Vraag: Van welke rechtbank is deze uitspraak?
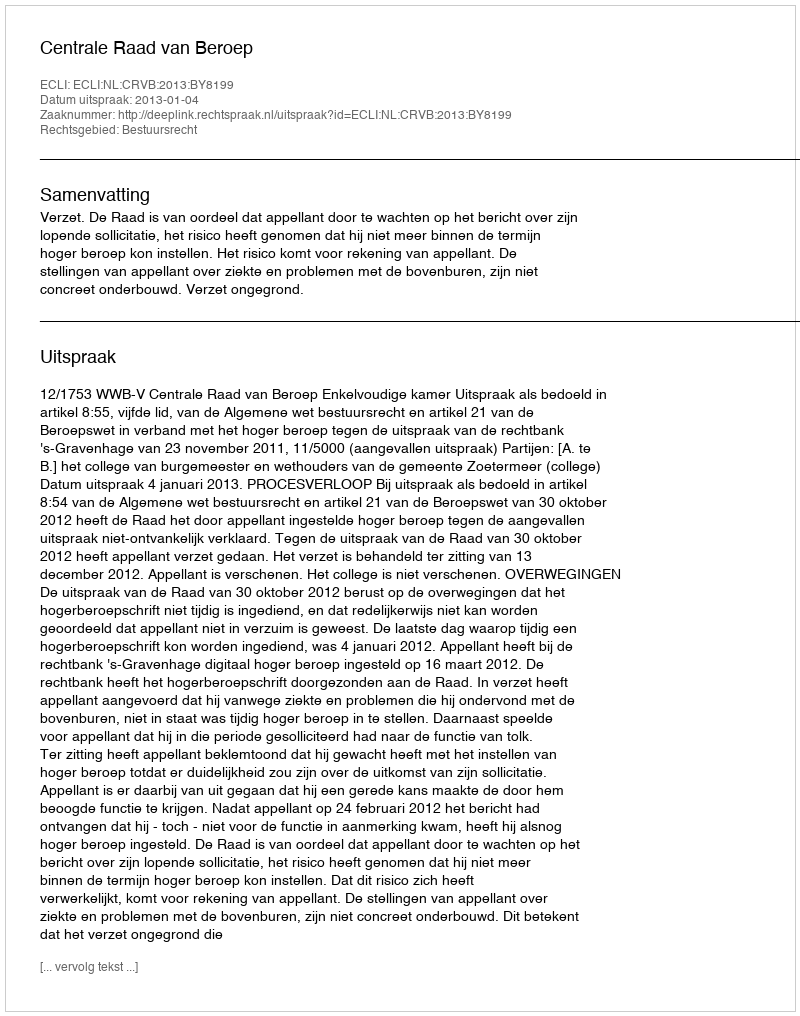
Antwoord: Centrale Raad van Beroep